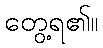
တွေ့ရ၏။